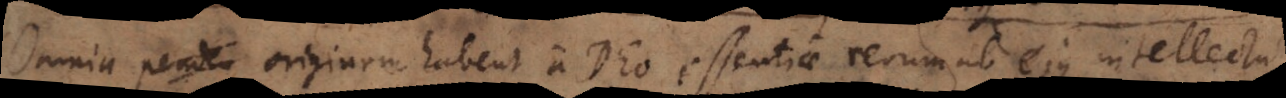
ia penden originem habent a Deo, essentiae rerum ab ejus intellectu,